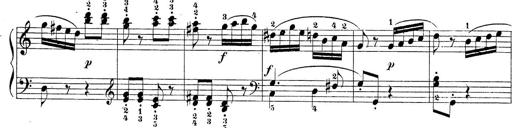
Title: Sonatina Album
Composer: Louis KÃ¶hler